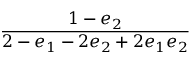
\displaystyle \frac { 1 - e _ { 2 } } { 2 - e _ { 1 } - 2 e _ { 2 } + 2 e _ { 1 } e _ { 2 } }